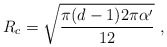
\begin{align*}R_c = \sqrt{{\pi(d-1)2\pi\alpha' \over 12}}\ ,\end{align*}